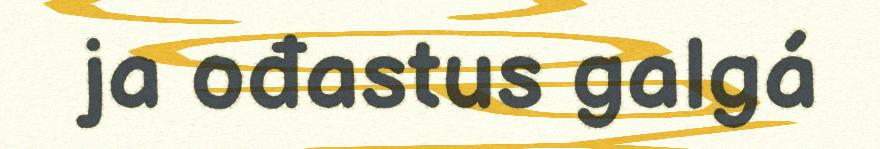
ja ođastus galgá